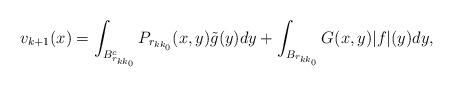
LaTeX: \begin{align*}v_{k+1}(x)=\int_{B^c_{r_{kk_0}}} P_{r_{kk_0}}(x,y)\tilde{g}(y) dy +\int_{ B_{r_{kk_0}}} G(x,y)|f|(y) dy,\end{align*}